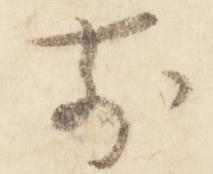
前